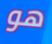
هو